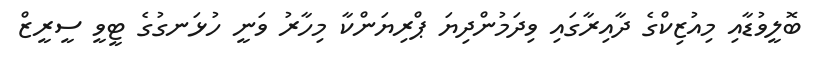
ބޮލީވުޑާއި މިއުޒިކްގެ ދާއިރާގައި ވިދަމުންދިޔަ ޕްރިޔަންކާ މިހާރު ވަނީ ހުޅަނގުގެ ޓީވީ ސީރީޒް